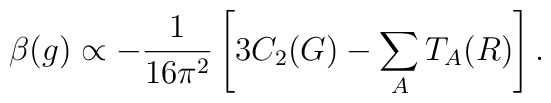
\beta(g) \propto -{1 \over {16\pi^2}} \left[ 3C_2(G)-\sum_A  T_A(R)\right].